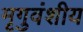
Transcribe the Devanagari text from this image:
मृगुवंशीय